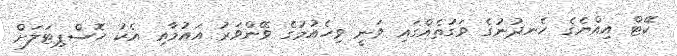
ކޭޓް އިއްޔެގެ ހެނދުނުގެ ވަގުތެއްގައި ވަނީ ވިހެއުމުގެ ވޭންވަރު އައުމާއި އެކު ހޮސްޕިޓަލަށް